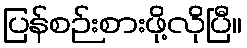
ပြန်စဉ်းစားဖို့လိုပြီ။